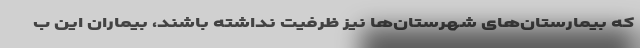
که بیمارستان‌های شهرستان‌ها نیز ظرفیت نداشته باشند، بیماران این ب